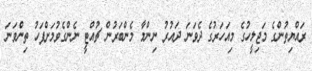
ރައްޔިތުންގެ މަޖިލީހުގެ މިއަހަރުގެ ދެވަނަ ދައުރު ނިންމާ މެންބަރުން ޗުއްޓީ ނެންގެވުމަށްފަހު ތިންވަނަ